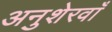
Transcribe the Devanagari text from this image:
अनुशेरवाँ